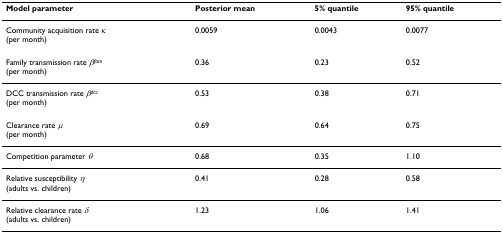
<table><thead><tr><td><b>Model parameter</b></td><td><b>Posterior mean</b></td><td><b>5% quantile</b></td><td><b>95% quantile</b></td></tr></thead><tbody><tr><td>Community acquisition rate κ(per month)</td><td>0.0059</td><td>0.0043</td><td>0.0077</td></tr><tr><td>Family transmission rate <i>β</i><sup><i>fam</i></sup>(per month)</td><td>0.36</td><td>0.23</td><td>0.52</td></tr><tr><td>DCC transmission rate <i>β</i><sup><i>dcc</i></sup>(per month)</td><td>0.53</td><td>0.38</td><td>0.71</td></tr><tr><td>Clearance rate <i>μ</i>(per month)</td><td>0.69</td><td>0.64</td><td>0.75</td></tr><tr><td>Competition parameter <i>θ</i></td><td>0.68</td><td>0.35</td><td>1.10</td></tr><tr><td>Relative susceptibility <i>η</i>(adults vs. children)</td><td>0.41</td><td>0.28</td><td>0.58</td></tr><tr><td>Relative clearance rate <i>δ</i>(adults vs. children)</td><td>1.23</td><td>1.06</td><td>1.41</td></tr></tbody></table>